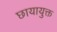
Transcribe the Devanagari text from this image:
छायायुक्त